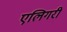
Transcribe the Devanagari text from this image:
एलिगरी